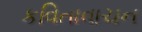
કવિતાવાચન